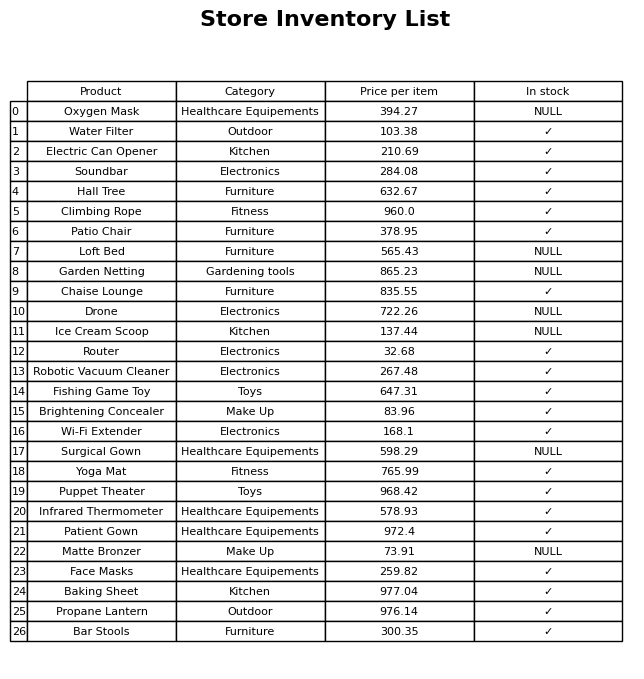
question: Which products are available in stock?
answer: Water Filter, Electric Can Opener, Soundbar, Hall Tree, Climbing Rope, Patio Chair, Chaise Lounge, Router, Robotic Vacuum Cleaner, Fishing Game Toy, Brightening Concealer, Wi-Fi Extender, Yoga Mat, Puppet Theater, Infrared Thermometer, Patient Gown, Face Masks, Baking Sheet, Propane Lantern, Bar Stools